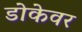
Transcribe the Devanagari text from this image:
डोकेवर